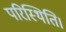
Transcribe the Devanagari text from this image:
परिस्थिति।